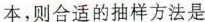
本，则合适的抽样方法是